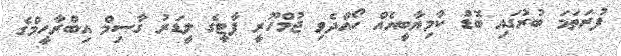
ފުރަތަމަ ބުރުގައި ބޮޑު ކާމިޔާބީއެއް ހޯއްދެވި ޖުމްހޫރީ ޕާޓީގެ ލީޑަރު ގާސިމް އިބްރާހީމްގެ